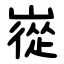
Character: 嵸